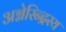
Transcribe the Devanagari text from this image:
अग्नेरिन्द्रस्य